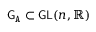
{ \mathsf { G } } _ { \mathtt { A } } \subset \mathsf { G L } ( n , \mathbb { R } )